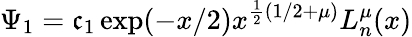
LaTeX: \Psi_{1}=\mathfrak{c}_{1}\exp(-x/2)x^{\frac{1}{2}(1/2+\mu)}L_{n}^{\mu}(x)